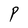
Character: P